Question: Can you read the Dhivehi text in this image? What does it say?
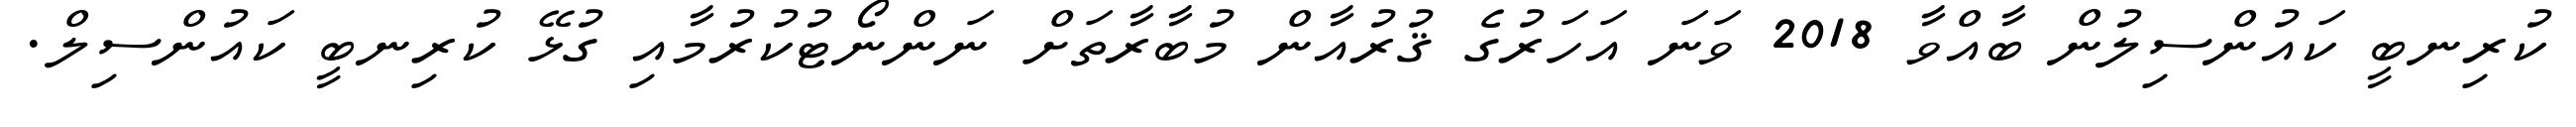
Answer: ކުރިނބީ ކައުންސިލުން ބާއްވާ 2018 ވަނަ އަހަރުގެ ޤުރުއާން މުބާރާތަށް ނަންނޯޓުކުރުމާއި ގުޅޭ ކުރިނބީ ކައުންސިލް.